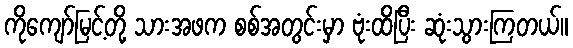
ကိုကျော်မြင့်တို့ သားအဖက စစ်အတွင်းမှာ ဗုံးထိပြီး ဆုံးသွားကြတယ်။